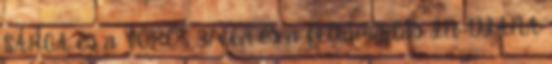
SÁRGA és a VÖRÖS 37x64 és a Feltámadás IN-DIANA